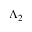
\Lambda _ { 2 }